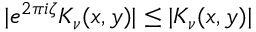
| e ^ { 2 \pi i \zeta } K _ { \nu } ( x , y ) | \le | K _ { \nu } ( x , y ) |